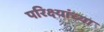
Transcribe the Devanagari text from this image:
परिक्ष्यांच्या